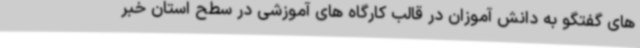
های گفتگو به دانش آموزان در قالب کارگاه های آموزشی در سطح استان خبر